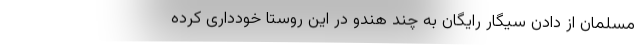
مسلمان از دادن سیگار رایگان به چند هندو در این روستا خودداری کرده